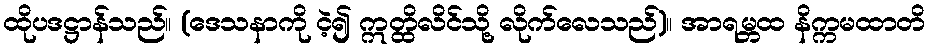
ထိုပဒဋ္ဌာန်သည်။ (ဒေသနာကို ငဲ့၍ ဣတ္ထိလိင်သို့ လိုက်လေသည်)။ အာရမ္ဘထ နိက္ကမထာတိ